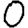
Digit: 0